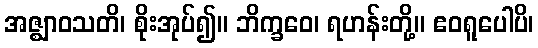
အဇ္ဈာဝသတိ၊ စိုးအုပ်၍။ ဘိက္ခဝေ၊ ရဟန်းတို့။ ဧဝရူပေါပိ၊